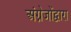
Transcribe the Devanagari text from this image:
अंग्रेजोंद्वारा